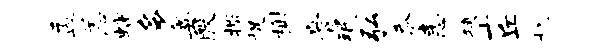
盂恙螭多奥殷撒捉榭膏珉弘忝恚狭十丘机